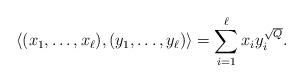
LaTeX: \begin{align*}\langle (x_1,\ldots ,x_\ell),(y_1,\ldots, y_\ell ) \rangle =\sum_{i=1}^\ell x_iy_i^{\sqrt{Q}}.\end{align*}